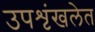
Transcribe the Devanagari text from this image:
उपशृंखलेत